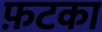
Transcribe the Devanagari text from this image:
फ़टका